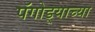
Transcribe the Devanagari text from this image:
पॅगोड्याच्या